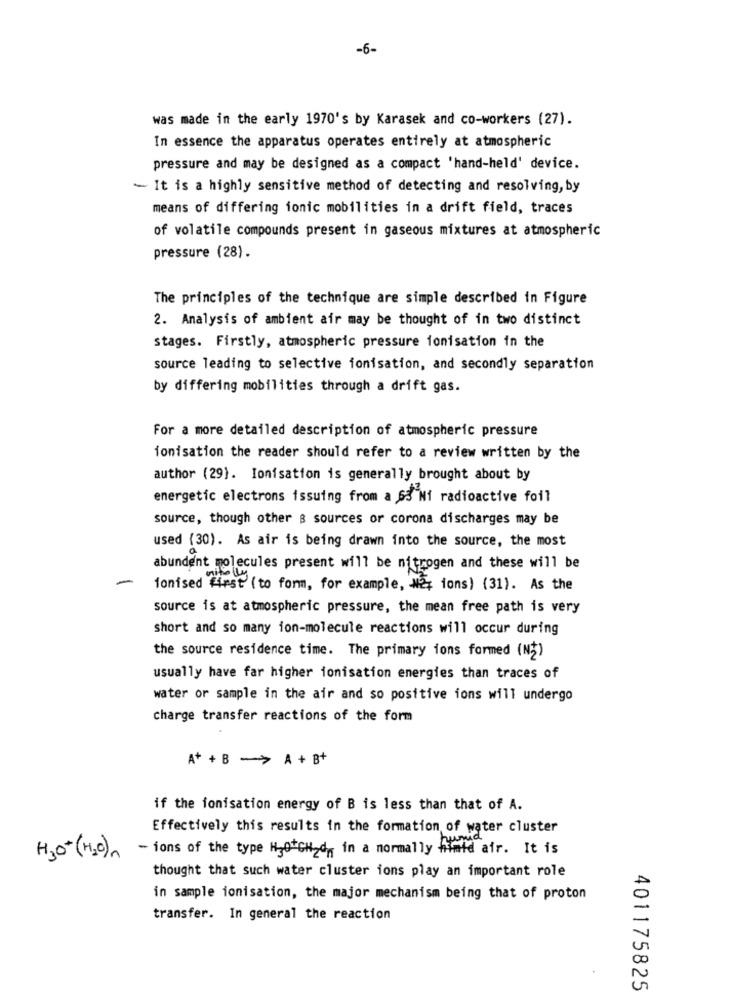
-6-
was made in the early 1970's by Karasek and co-workers (27).
In essence the apparatus operates entirely at atmospheric
pressure and may be designed as a compact 'hand-held' device.
- It is a highly sensitive method of detecting and resolving, by
means of differing ionic mobilities in a drift field, traces
of volatile compounds present in gaseous mixtures at atmospheric
pressure (28).
The principles of the technique are simple described in Figure
2. Analysis of ambient air may be thought of in two distinct
stages. Firstly, atmospheric pressure ionisation in the
source leading to selective ionisation, and secondly separation
by differing mobilities through a drift gas.
For a more detailed description of atmospheric pressure
ionisation the reader should refer to a review written by the
author (29). Ionisation is generally brought about by
energetic electrons issuing from a 63'Ni radioactive foil
source, though other & sources or corona discharges may be
used (30). As air is being drawn into the source, the most
abundent molecules present will be nitrogen and these will be
-
ionised first (to form, for example, #2, ions) (31). As the
source is at atmospheric pressure, the mean free path is very
short and so many ion-molecule reactions will occur during
the source residence time. The primary ions formed (N2)
usually have far higher ionisation energies than traces of
water or sample in the air and so positive ions will undergo
charge transfer reactions of the form
A+ + B - > A + B+
if the ionisation energy of B is less than that of A.
Effectively this results in the formation of water cluster
- ions of the type Hjo GH dn in a normally himid air. It is
H3O+(H.)
thought that such water cluster ions play an important role
in sample ionisation, the major mechanism being that of proton
transfer. In general the reaction
401175825